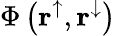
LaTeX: \Phi\left({{\mathbf{r}}_{}^{\uparrow},{\mathbf{r}}_{}^{\downarrow}}\right)